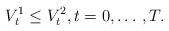
LaTeX: \begin{align*}V_t^1\leq V_t^2,t=0,\dotso,T.\end{align*}